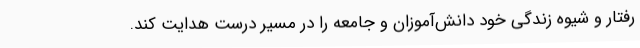
رفتار و شیوه زندگی خود دانش‌آموزان و جامعه را در مسیر درست هدایت کند.